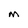
Character: M